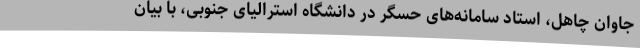
جاوان چاهل، استاد سامانه‌های حسگر در دانشگاه استرالیای جنوبی، با بیان